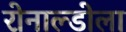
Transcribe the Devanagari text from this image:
रोनाल्डोला